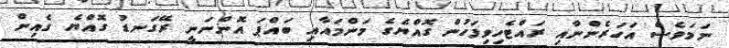
ނަމަވެސް އަހަރެންނާއި ރައްޓެހިވިފަހުން ގޮއްޔެގެ މަންމައާއި ބައްޕަ އޮންނަނީ ރޭގަނޑު ގޮއްޔެ ގެއިން